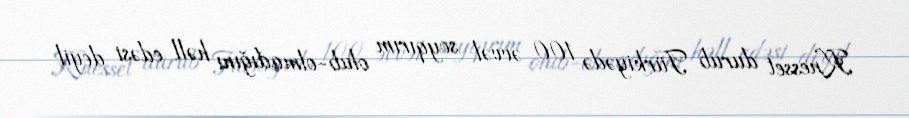
Knesset durub Türkiyədə 100 əvvəl soyqırım olub-olmadığını həll edəsi deyil